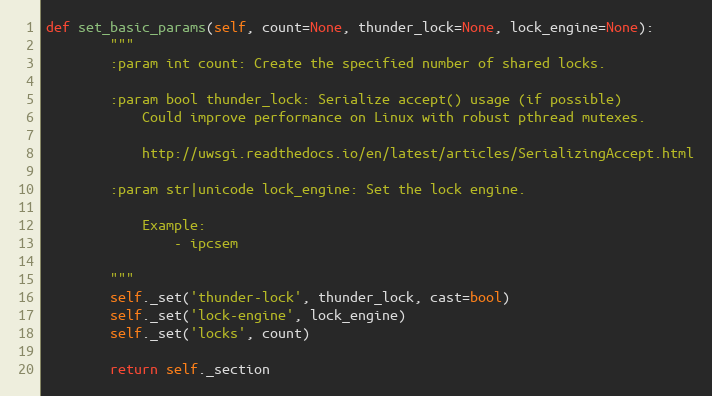
Language: Python
def set_basic_params(self, count=None, thunder_lock=None, lock_engine=None):
        """
        :param int count: Create the specified number of shared locks.

        :param bool thunder_lock: Serialize accept() usage (if possible)
            Could improve performance on Linux with robust pthread mutexes.

            http://uwsgi.readthedocs.io/en/latest/articles/SerializingAccept.html

        :param str|unicode lock_engine: Set the lock engine.

            Example:
                - ipcsem

        """
        self._set('thunder-lock', thunder_lock, cast=bool)
        self._set('lock-engine', lock_engine)
        self._set('locks', count)

        return self._section